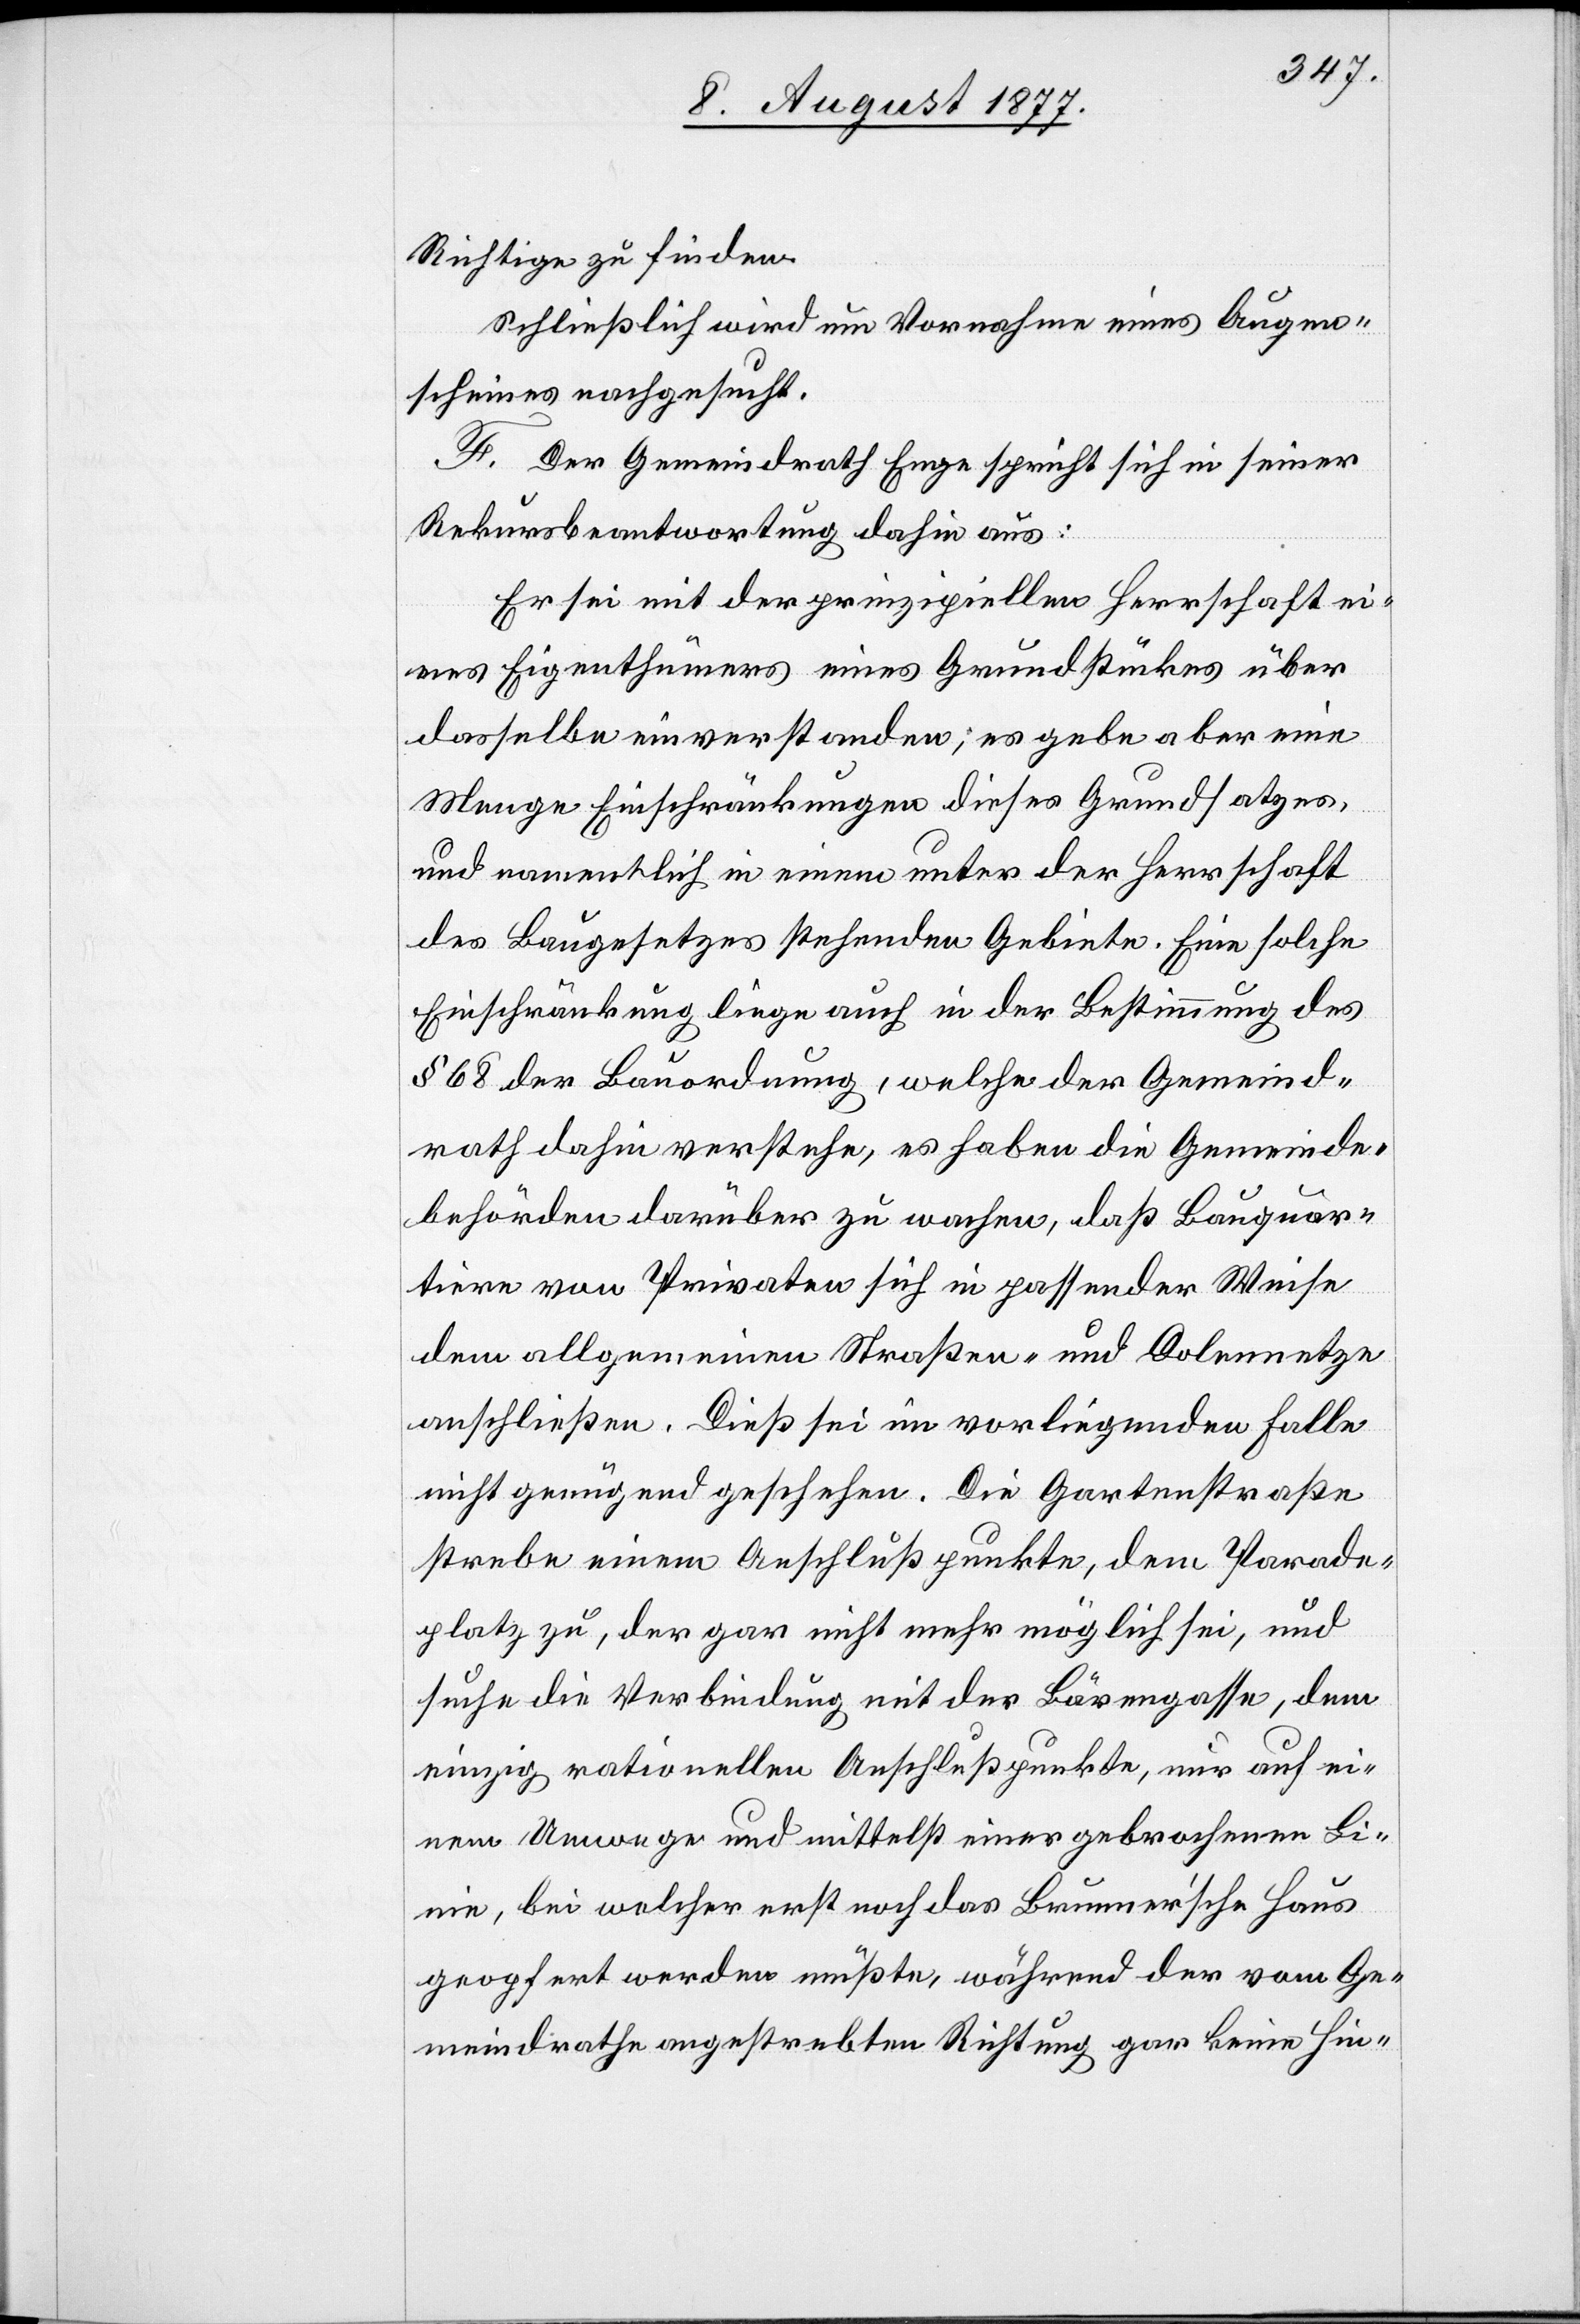
Richtige zu finden.
Schließlich wird um Vornahme eines Augen¬
scheines nachgesucht.
F. Der Gemeindrath Enge spricht sich in seiner
Rekursbeantwortung dahin aus:
Er sei mit der prinzipiellen Herrschaft ei¬
nes Eigenthümers eines Grundstückes über
dasselbe einverstanden; es gebe aber eine
Menge Einschränkungen dieses Grundsatzes,
und namentlich in einem unter der Herrschaft
des Baugesetzes stehenden Gebiete. Eine solche
Einschränkung liege auch in der Bestimmung des
§ 68 der Bauordnung, welche der Gemeind¬
rath dahin verstehe, es haben die Gemeinde¬
behörden darüber zu wachen, daß Bauquar¬
tiere von Privaten sich in passender Weise
dem allgemeinen Straßen- und Dolennetze
anschließen. Dieß sei im vorliegenden Falle
nicht genügend geschehen. Die Gartenstraße
strebe einem Anschlußpunkte, dem Parade¬
platz zu, der gar nicht mehr möglich sei, und
suche die Verbindung mit der Bärengasse, dem
einzig rationellen Anschlußpunkte, nur auf ei¬
nem Umwege und mittelst einer gebrochenen Li¬
nie, bei welcher erst noch das Brunner’sche Haus
geopfert werden müßte, während der vom Ge¬
meindrathe angestrebten Richtung gar keine Hin-